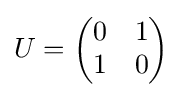
U={\begin{pmatrix}0&1\\1&0\end{pmatrix}}